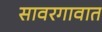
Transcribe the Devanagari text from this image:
सावरगावात